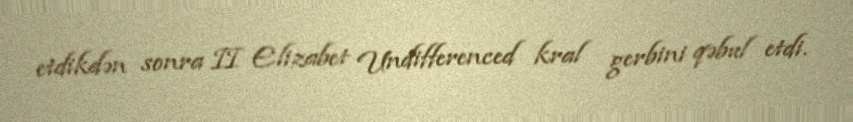
etdikdən sonra II Elizabet Undifferenced kral gerbini qəbul etdi.